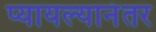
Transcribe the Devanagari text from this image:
प्यायल्यानंतर